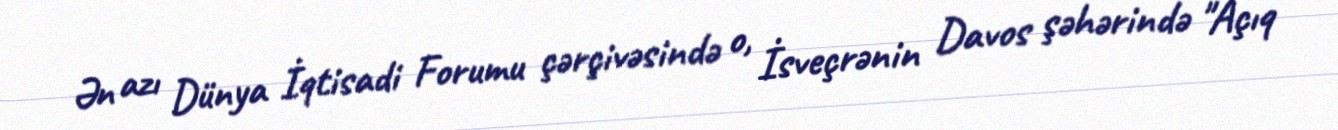
Ən azı Dünya İqtisadi Forumu çərçivəsində o, İsveçrənin Davos şəhərində "Açıq